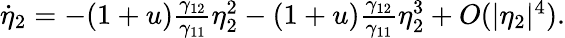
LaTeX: \begin{array}{r}{\dot{\eta}_{2}=-(1+u)\frac{\gamma_{12}}{\gamma_{11}}\eta_{2}^{2}-(1+u)\frac{\gamma_{12}}{\gamma_{11}}\eta_{2}^{3}+O(|\eta_{2}|^{4}).}\end{array}